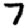
Digit: 7